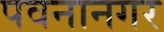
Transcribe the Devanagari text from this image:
पवनानगर